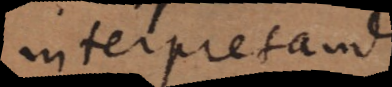
interpretandi.